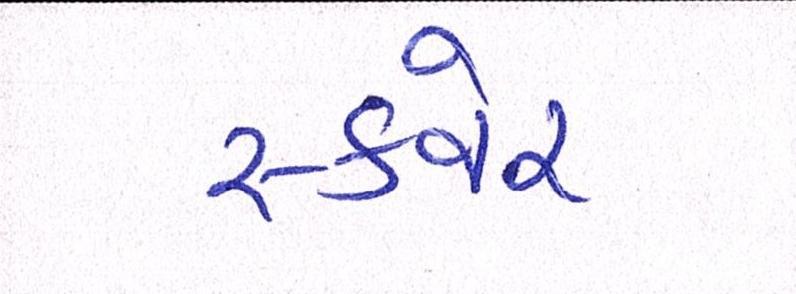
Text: સ્કવેર